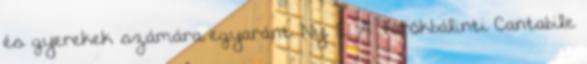
és gyerekek számára egyaránt. Ny. E. A Törökbálinti Cantabile